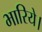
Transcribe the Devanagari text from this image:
भारिये।